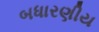
બધારણીય